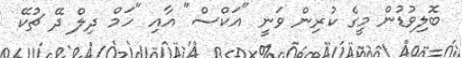
ބޮލިވުޑުން މީގެ ކުރިން ވަނީ "އަކްސް" އާއި "ހަމް ދިލް ދޭ ޗުކޭ